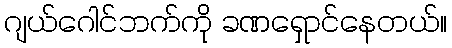
ဂျယ်ဂေါင်ဘက်ကို ခဏရှောင်နေတယ်။